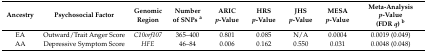
<table><thead><tr><td><b>Ancestry</b></td><td><b>Psychosocial Factor</b></td><td><b>Genomic Region</b></td><td><b>Number of SNPs <sup>a</sup></b></td><td><b>ARIC<i>p</i>-Value</b></td><td><b>HRS<i>p</i>-Value</b></td><td><b>JHS<i>p</i>-Value</b></td><td><b>MESA<i>p</i>-Value</b></td><td><b>Meta-Analysis<i>p</i>-Value(FDR <i>q</i>) <sup>b</sup></b></td></tr></thead><tbody><tr><td>EA</td><td>Outward/Trait Anger Score</td><td><i>C10orf107</i></td><td>365–400</td><td>0.801</td><td>0.085</td><td>N/A</td><td>0.0004</td><td>0.0019 (0.049)</td></tr><tr><td>AA</td><td>Depressive Symptom Score</td><td><i>HFE</i></td><td>46–84</td><td>0.006</td><td>0.162</td><td>0.550</td><td>0.031</td><td>0.0048 (0.048)</td></tr></tbody></table>